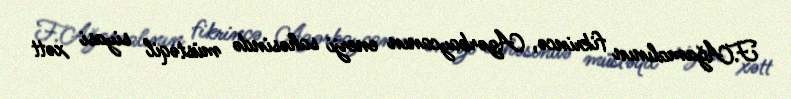
F.Ağamalının fikrincə, Azərbaycanın enerji sahəsində müstəqil siyasi xətt